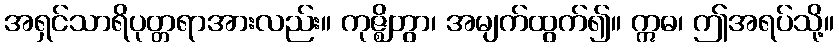
အရှင်သာရိပုတ္တရာအားလည်း။ ကုဇ္ဈိတွာ၊ အမျက်ထွက်၍။ ဣဓ၊ ဤအရပ်သို့။